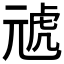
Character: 𭀪